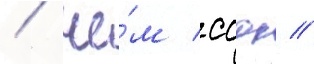
/ че́м ссдк //